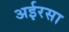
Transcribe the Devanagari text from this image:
अईरसा